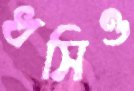
ধসিও